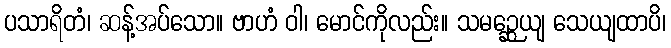
ပသာရိတံ၊ ဆန့်အပ်သော။ ဗာဟံ ဝါ၊ မောင်ကိုလည်း။ သမဉ္ဆေယျ သေယျထာပိ၊